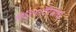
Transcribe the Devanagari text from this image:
लिजिनाप्टेरिडेसिई